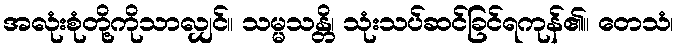
အလုံးစုံတို့ကိုသာလျှင်။ သမ္မသန္တိ၊ သုံးသပ်ဆင်ခြင်ရကုန်၏။ တေသံ၊